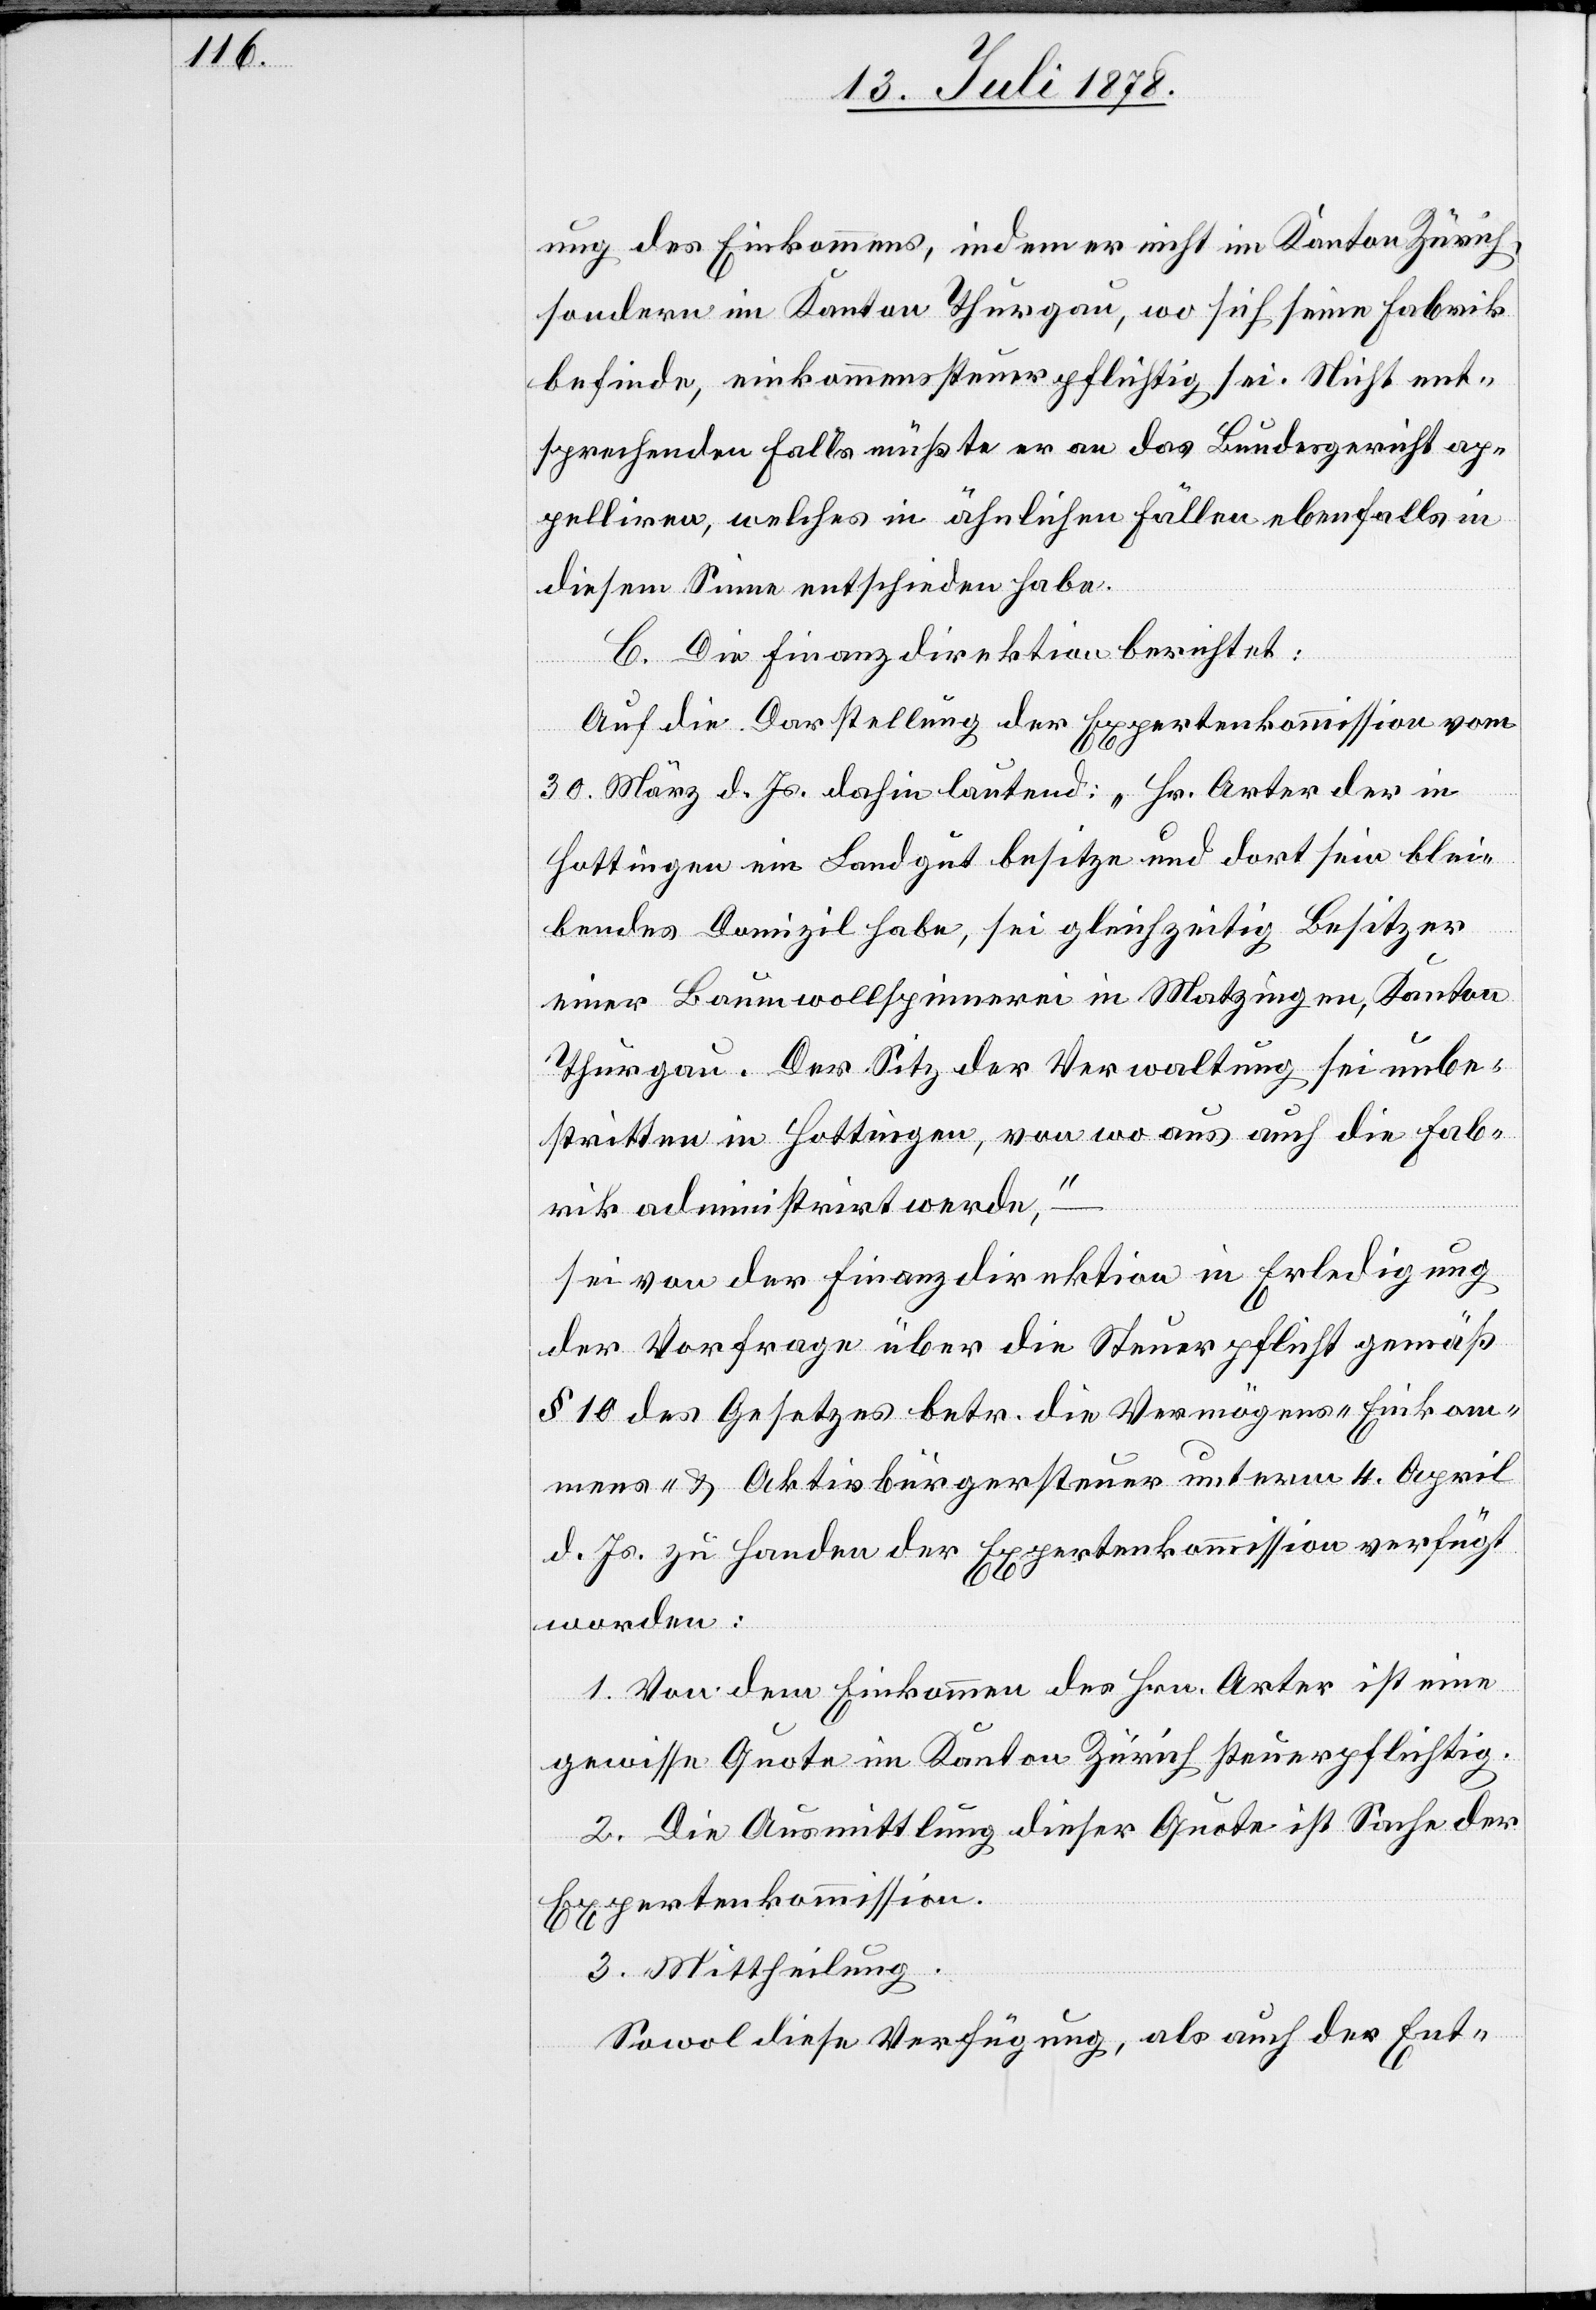
ung des Einkommens, indem er nicht im Kanton Zürich,
sondern im Kanton Thurgau, wo sich seine Fabrik
befinde, einkommenssteuerpflichtig sei. Nicht ent¬
sprechenden Falls müßte er an das Bundesgericht ap¬
pelliren, welches in ähnlichen Fällen ebenfalls in
diesem Sinne entschieden habe.
C. Die Finanzdirektion berichtet:
Auf die Darstellung der Expertenkommission vom
30. März d. Js. dahin lautend: „Hr. Arter der in
Hottingen ein Landgut besitze und dort sein blei¬
bendes Domizil habe, sei gleichzeitig Besitzer
einer Baumwollspinnerei in Matzingen, Kanton
Thurgau. Der Sitz der Verwaltung sei unbe¬
stritten in Hottingen, von wo aus auch die Fab¬
rik administrirt werde,“
sei von der Finanzdirektion in Erledigung
der Vorfrage über die Steuerpflicht gemäß
§ 10 des Gesetzes betr. die Vermögens-[,] Einkom¬
mens- & Aktivbürgersteuer unterm 4. April
d. Js. zu Handen der Expertenkommission verfügt
worden:
1. Von dem Einkommen des Hrn. Arter ist eine
gewisse Quote im Kanton Zürich steuerpflichtig.
2. Die Ausmittlung dieser Quote ist Sache der
Expertenkommission.
3. Mittheilung.
Sowol diese Verfügung, als auch der Ent-